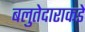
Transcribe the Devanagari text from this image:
बलुतेदाराकडे